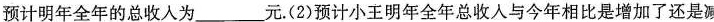
预计明年全年的总收人为___元。(2)预计小王明年全年总收入与今年相比是增加了还是源